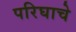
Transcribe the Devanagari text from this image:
परिघाचे